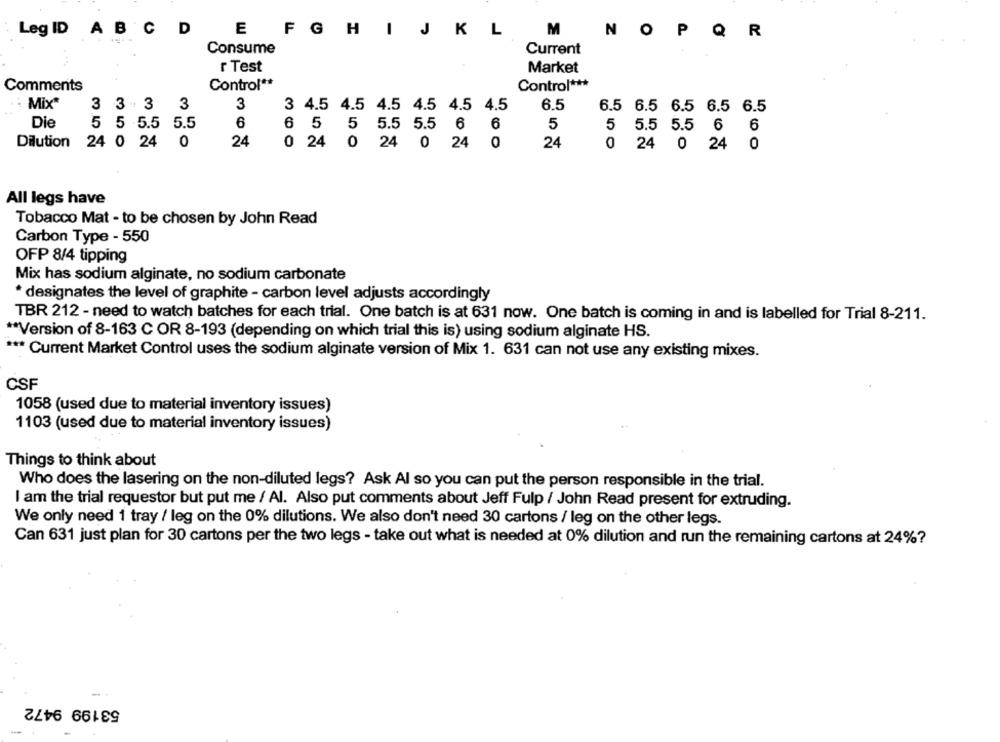
-
J
K
M
Leg ID A B C D
E
FG H
L
NO
P
Q R
Consume
Current
r Test
Market
Comments
Control **
Control ***
Mix"
3 3-3 3
3
3 4.5 4.5 4.5 4.5 4.5
4.5
6.5
6.5 6.5 6.5 6.5 6.5
Die
5 5 5.5 5.5
6
6 5 5 5.5 5.5 6 6
5
5 5.5 5.5 6 6
Dilution 24 0 24 0
24
0 24 0 24 0 24 0
24
24 0 24 0
All legs have
Tobacco Mat - to be chosen by John Read
Carbon Type - 550
OFP 8/4 tipping
Mix has sodium alginate, no sodium carbonate
* designates the level of graphite - carbon level adjusts accordingly
TBR 212 - need to watch batches for each trial. One batch is at 631 now. One batch is coming in and is labelled for Trial 8-211.
** Version of 8-163 C OR 8-193 (depending on which trial this is) using sodium alginate HS.
*** Current Market Control uses the sodium alginate version of Mix 1. 631 can not use any existing mixes.
CSF
1058 (used due to material inventory issues)
1103 (used due to material inventory issues)
Things to think about
Who does the lasering on the non-diluted legs? Ask Al so you can put the person responsible in the trial.
I am the trial requestor but put me / Al. Also put comments about Jeff Fulp / John Read present for extruding.
We only need 1 tray / leg on the 0% dilutions. We also don't need 30 cartons / leg on the other legs.
Can 631 just plan for 30 cartons per the two legs - take out what is needed at 0% dilution and run the remaining cartons at 24%?
53199 9472